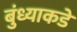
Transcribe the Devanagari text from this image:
बुंध्याकडे